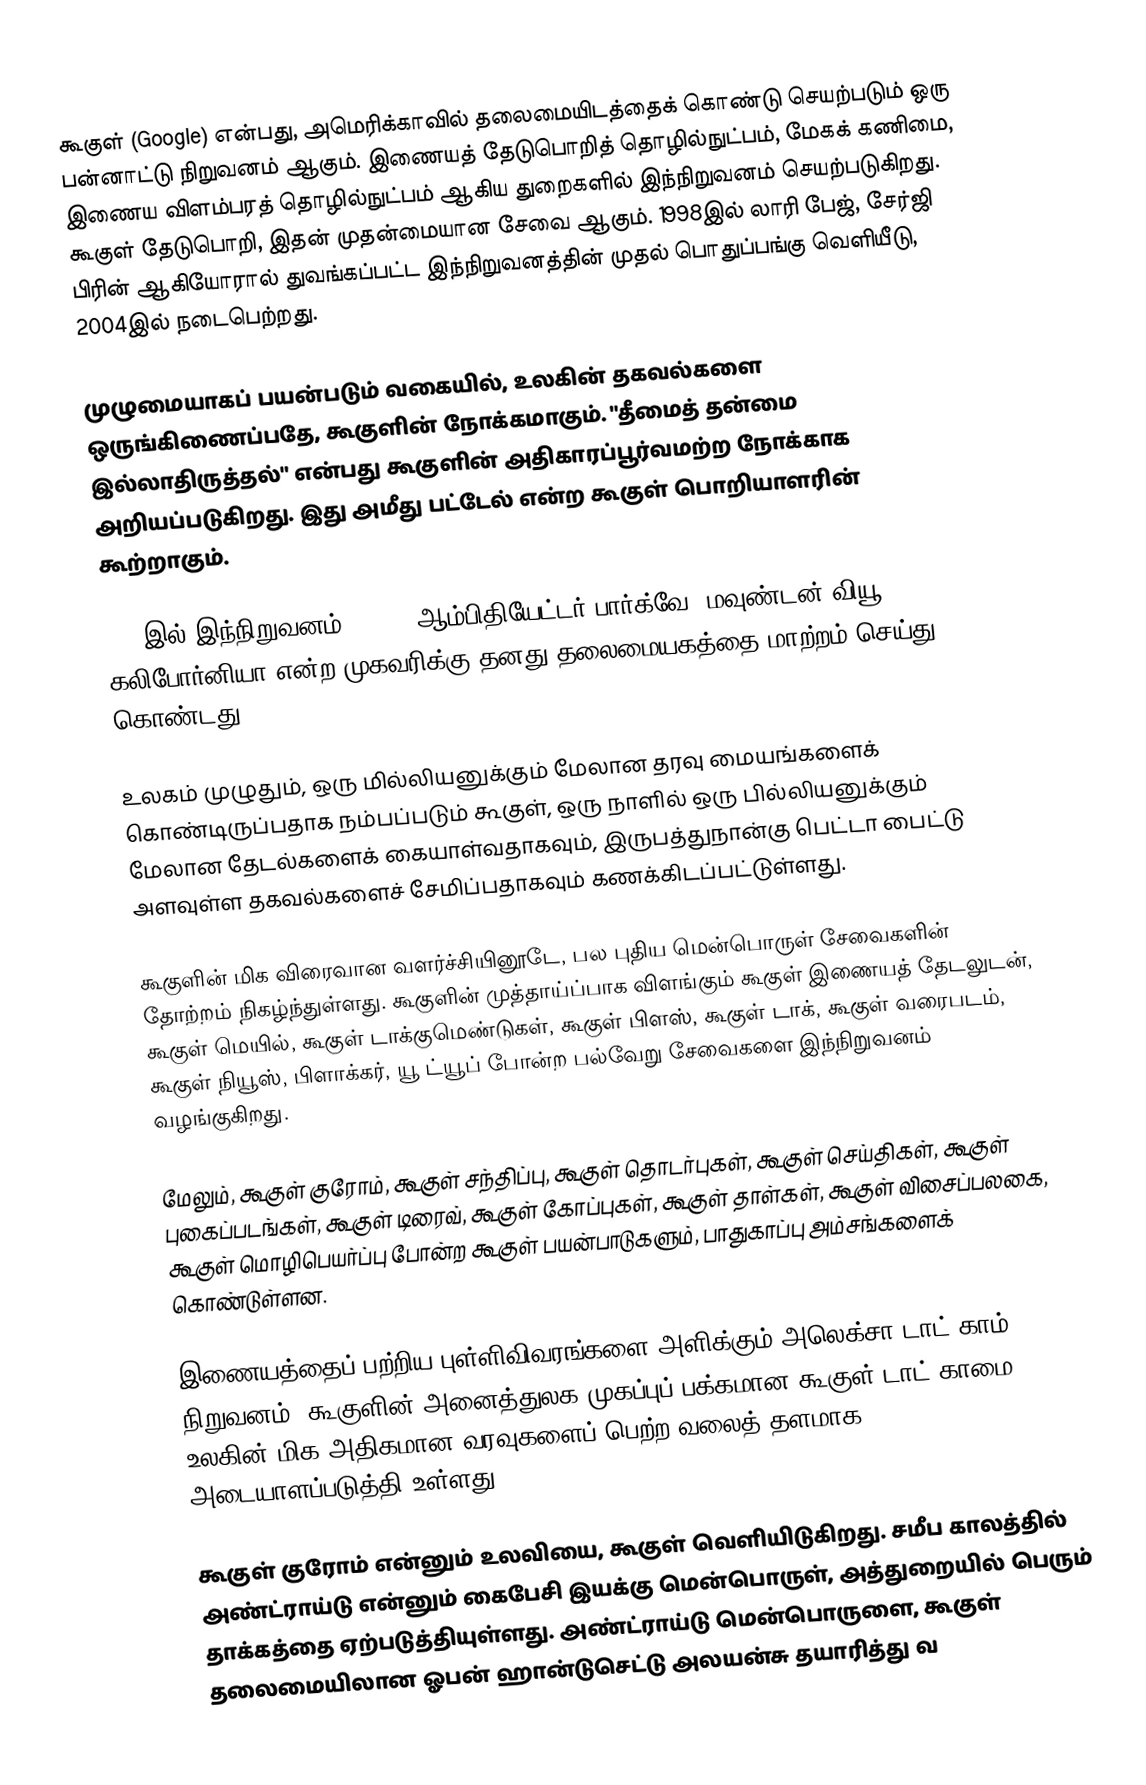
கூகுள் (Google) என்பது, அமெரிக்காவில் தலைமையிடத்தைக் கொண்டு செயற்படும் ஒரு பன்னாட்டு நிறுவனம் ஆகும். இணையத் தேடுபொறித் தொழில்நுட்பம், மேகக் கணிமை, இணைய விளம்பரத் தொழில்நுட்பம் ஆகிய துறைகளில் இந்நிறுவனம் செயற்படுகிறது. கூகுள் தேடுபொறி, இதன் முதன்மையான சேவை ஆகும். 1998இல் லாரி பேஜ், சேர்ஜி பிரின் ஆகியோரால் துவங்கப்பட்ட இந்நிறுவனத்தின் முதல் பொதுப்பங்கு வெளியீடு, 2004இல் நடைபெற்றது.

முழுமையாகப் பயன்படும் வகையில், உலகின் தகவல்களை ஒருங்கிணைப்பதே, கூகுளின் நோக்கமாகும். "தீமைத் தன்மை இல்லாதிருத்தல்" என்பது கூகுளின் அதிகாரப்பூர்வமற்ற நோக்காக அறியப்படுகிறது. இது அமீது பட்டேல் என்ற கூகுள் பொறியாளரின் கூற்றாகும்.

2006இல் இந்நிறுவனம், 1600, ஆம்பிதியேட்டர் பார்க்வே,  மவுண்டன் வியூ, கலிபோர்னியா என்ற முகவரிக்கு தனது தலைமையகத்தை மாற்றம் செய்து கொண்டது.

உலகம் முழுதும், ஒரு மில்லியனுக்கும் மேலான தரவு மையங்களைக் கொண்டிருப்பதாக நம்பப்படும் கூகுள், ஒரு நாளில் ஒரு பில்லியனுக்கும் மேலான தேடல்களைக் கையாள்வதாகவும், இருபத்துநான்கு பெட்டா பைட்டு அளவுள்ள தகவல்களைச் சேமிப்பதாகவும் கணக்கிடப்பட்டுள்ளது.

கூகுளின் மிக விரைவான வளர்ச்சியினூடே, பல புதிய மென்பொருள் சேவைகளின் தோற்றம் நிகழ்ந்துள்ளது. கூகுளின் முத்தாய்ப்பாக விளங்கும் கூகுள் இணையத் தேடலுடன்,  கூகுள்  மெயில், கூகுள் டாக்குமெண்டுகள், கூகுள் பிளஸ், கூகுள் டாக், கூகுள் வரைபடம், கூகுள் நியூஸ், பிளாக்கர், யூ ட்யூப் போன்ற பல்வேறு சேவைகளை இந்நிறுவனம் வழங்குகிறது.

மேலும், கூகுள் குரோம், கூகுள் சந்திப்பு, கூகுள் தொடர்புகள், கூகுள் செய்திகள், கூகுள் புகைப்படங்கள், கூகுள் டிரைவ், கூகுள் கோப்புகள், கூகுள் தாள்கள், கூகுள் விசைப்பலகை, கூகுள் மொழிபெயர்ப்பு போன்ற கூகுள் பயன்பாடுகளும், பாதுகாப்பு அம்சங்களைக் கொண்டுள்ளன.

இணையத்தைப் பற்றிய புள்ளிவிவரங்களை அளிக்கும் அலெக்சா டாட் காம் நிறுவனம், கூகுளின் அனைத்துலக முகப்புப் பக்கமான கூகுள் டாட் காமை, உலகின் மிக அதிகமான வரவுகளைப் பெற்ற வலைத் தளமாக அடையாளப்படுத்தி உள்ளது.

கூகுள் குரோம் என்னும் உலவியை, கூகுள் வெளியிடுகிறது. சமீப காலத்தில் அண்ட்ராய்டு என்னும் கைபேசி இயக்கு மென்பொருள், அத்துறையில் பெரும் தாக்கத்தை ஏற்படுத்தியுள்ளது. அண்ட்ராய்டு மென்பொருளை, கூகுள் தலைமையிலான ஓபன் ஹான்டுசெட்டு அலயன்சு தயாரித்து வ